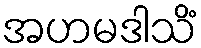
အဟမဒါသိံ